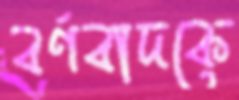
বর্ণবাদকে